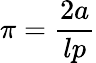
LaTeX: \pi=\frac{2a}{lp}